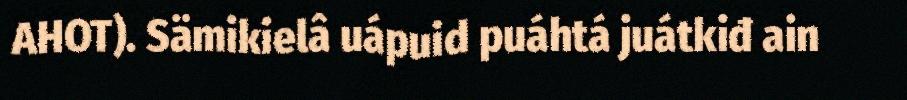
AHOT). Sämikielâ uápuid puáhtá juátkiđ ain